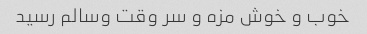
خوب و خوش مزه و سر وقت وسالم رسید